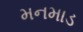
મનમાડ